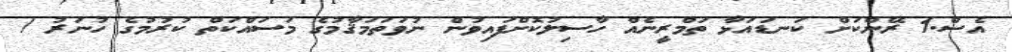
އެސް.1 ރޭންކަށް ކަނޑައަޅާ ތަމްރީނެއް ހާސިލުކޮށްފައިވުން ނުވަތަމަޤާމުގެ މަސައްކަތް ކުރުމުގެ ހުނަރު /